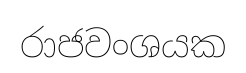
රාජවංශයක